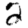
Digit: 2